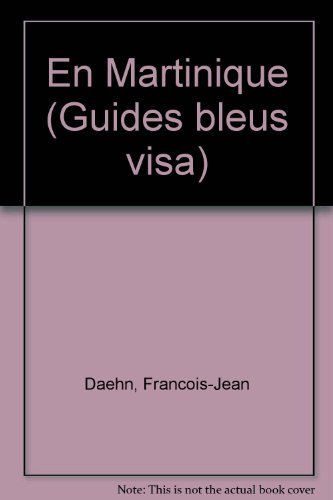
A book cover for En Martinique (Hachette guides bleus visa) (French Edition); Francois-Jean Daehn; Travel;